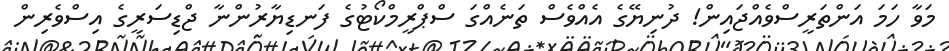
މަވާ ހަމަ އަންތަރީސްވެއްޖައިން! ދުނިޔޭގެ އެއްވެސް ތަނެއްގަ ސްޕްރީމްކޯޓުގެ ފަނޑިޔާރުންނާ ޖްޑިސަރީގެ އިސްވެރިން